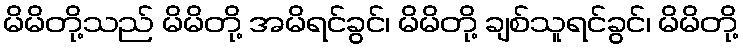
မိမိတို့သည် မိမိတို့ အမိရင်ခွင်၊ မိမိတို့ ချစ်သူရင်ခွင်၊ မိမိတို့